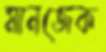
মানজেক